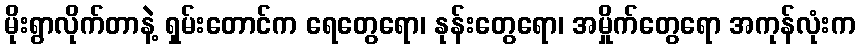
မိုးရွာလိုက်တာနဲ့ ရှမ်းတောင်က ရေတွေရော၊ နုန်းတွေရော၊ အမှိုက်တွေရော အကုန်လုံးက